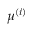
\mu ^ { ( i ) }